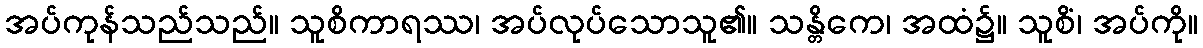
အပ်ကုန်သည်သည်။ သူစိကာရဿ၊ အပ်လုပ်သောသူ၏။ သန္တိကေ၊ အထံ၌။ သူစိံ၊ အပ်ကို။